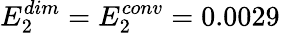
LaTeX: E_{2}^{dim}=E_{2}^{conv}=0.0029\